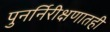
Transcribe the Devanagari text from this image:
पुनर्निरीक्षणातही